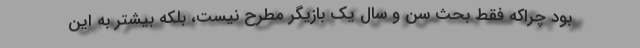
بود چراکه فقط بحث سن و سال یک بازیگر مطرح نیست، بلکه بیشتر به این